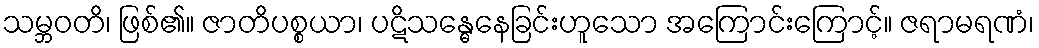
သမ္ဘဝတိ၊ ဖြစ်၏။ ဇာတိပစ္စယာ၊ ပဋိသန္ဓေနေခြင်းဟူသော အကြောင်းကြောင့်။ ဇရာမရဏံ၊